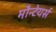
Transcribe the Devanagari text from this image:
मौन्टेयर्स